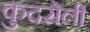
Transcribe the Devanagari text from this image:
कुदरोली